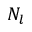
N _ { l }